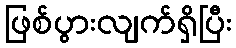
ဖြစ်ပွားလျက်ရှိပြီး